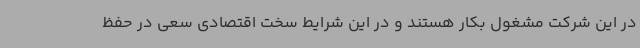
در این شرکت مشغول بکار هستند و در این شرایط سخت اقتصادی سعی در حفظ